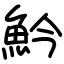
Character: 䰼